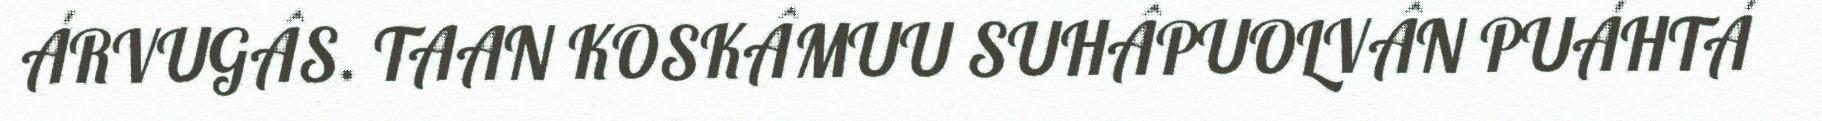
ÁRVUGÂS. TAAN KOSKÂMUU SUHÂPUOLVÂN PUÁHTÁ